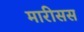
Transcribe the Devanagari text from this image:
मारीसस